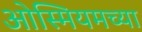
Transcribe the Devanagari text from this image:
ओस्मियमच्या